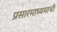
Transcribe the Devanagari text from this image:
प्रसारमाध्यमाची